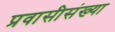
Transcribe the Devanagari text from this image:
प्रवासीसंख्या